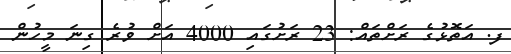
ފ. އަތޮޅުގެ ރަށްތައް: 23 ރަށުގައި 4000 އަށް ވުރެ ގިނަ މީހުން